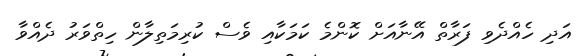
އަދި ހެއްދެވި ފަރާތް އޭނާއަށް ކޮންމެ ކަމަކާއި ވެސް ކުރިމަތިލާން ހިތްވަރު ދެއްވާ